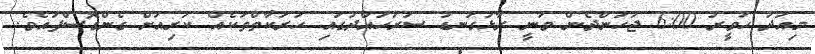
މިއަދު ހަވީރު 6:00 ޖަހަންދެން ވަނީ ރާޅުގަނޑު ސަރަހައްދުގައި ހަރަކާތްތަކެއް ކުރިއަށް ގެންގޮސްފައެވެ.